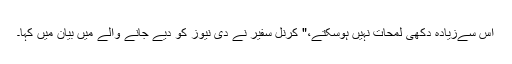
اس سےزیادہ دکھی لمحات نہیں ہوسکتے،" کرنل سفیر نے دی نیوز کو دیے جانے والے میں بیان میں کہا۔